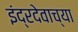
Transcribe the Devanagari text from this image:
इंद्रदेवाच्या